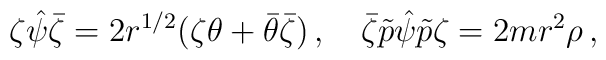
\zeta\hat\psi\bar\zeta = 2r^{1/2}(\zeta\theta +\bar\theta \bar\zeta ) \, , \quad\bar\zeta\tilde p\hat\psi\tilde p\zeta = 2mr^2 \rho \, ,